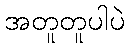
အတူတူပါပဲ